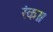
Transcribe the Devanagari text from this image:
रंका।